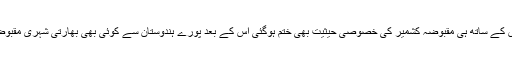
مودی سرکار نے آرٹیکل 370 اور 35 اے ختم کردیا جس کے ساتھ ہی مقبوضہ کشمیر کی خصوصی حیثیت بھی ختم ہوگئی اس کے بعد پورے ہندوستان سے کوئی بھی بھارتی شہری مقبوضہ کشمیر میں آکر سکونت اختیار اور الیکشن لڑ سکتا ہے۔